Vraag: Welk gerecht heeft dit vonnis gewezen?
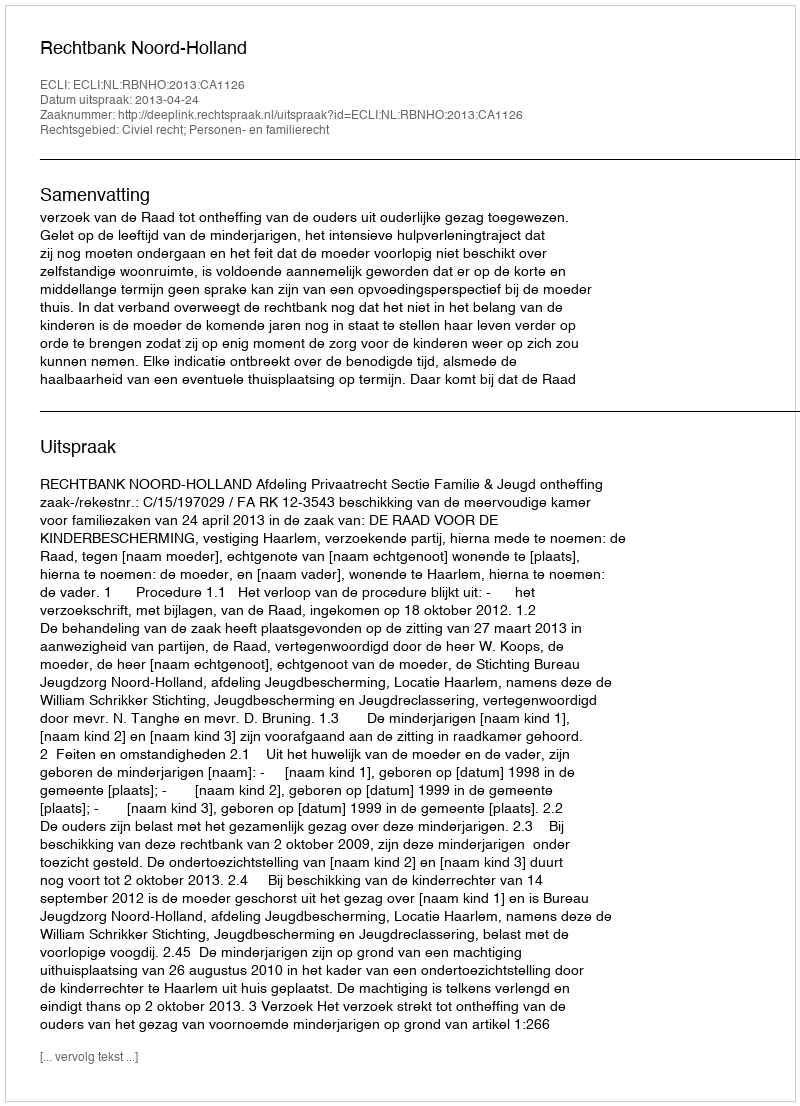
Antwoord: Rechtbank Noord-Holland